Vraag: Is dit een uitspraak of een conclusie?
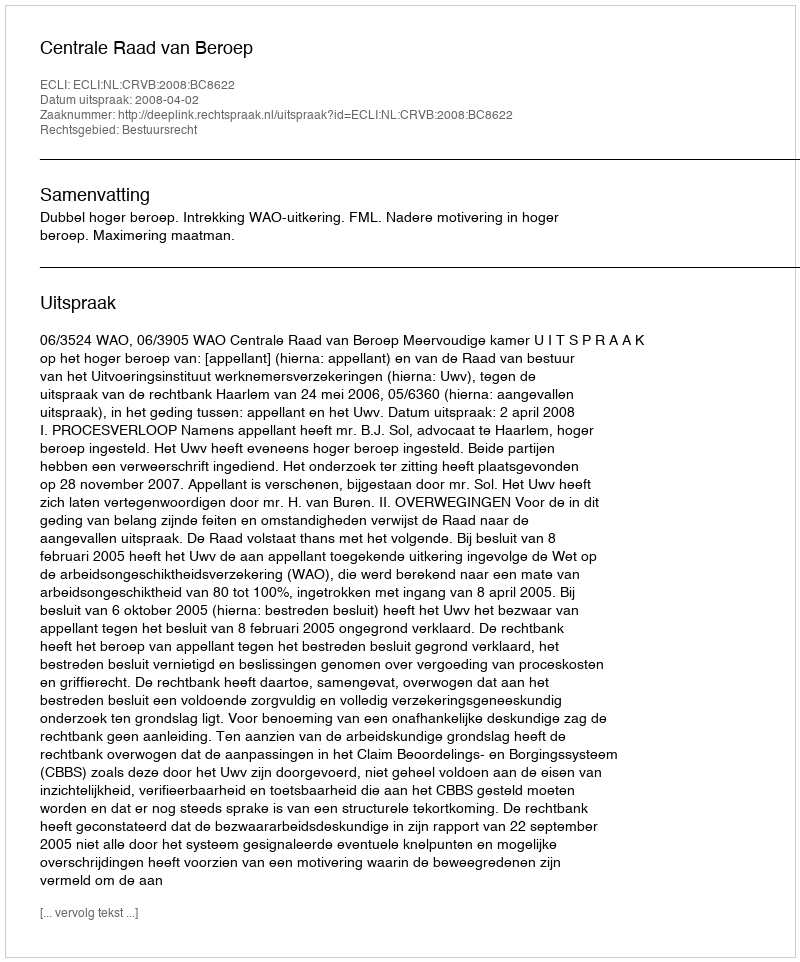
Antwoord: Uitspraak